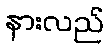
နားလည်